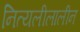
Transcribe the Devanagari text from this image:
नित्यलीलालीन